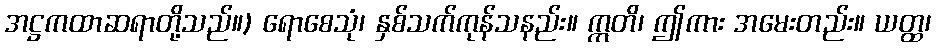
အဋ္ဌကထာဆရာတို့သည်။) ရောစေသုံ၊ နှစ်သက်ကုန်သနည်း။ ဣတိ၊ ဤကား အမေးတည်း။ ယတ္ထ၊